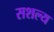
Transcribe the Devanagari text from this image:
सशल्य